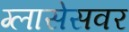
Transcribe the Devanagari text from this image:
ग्लासेसवर